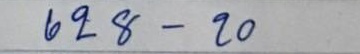
628 - 20